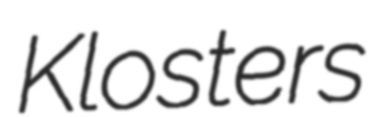
Klosters